Lunatic asylums Central Provinces reports 1895-1909 - 1895-1909
Year: 1895
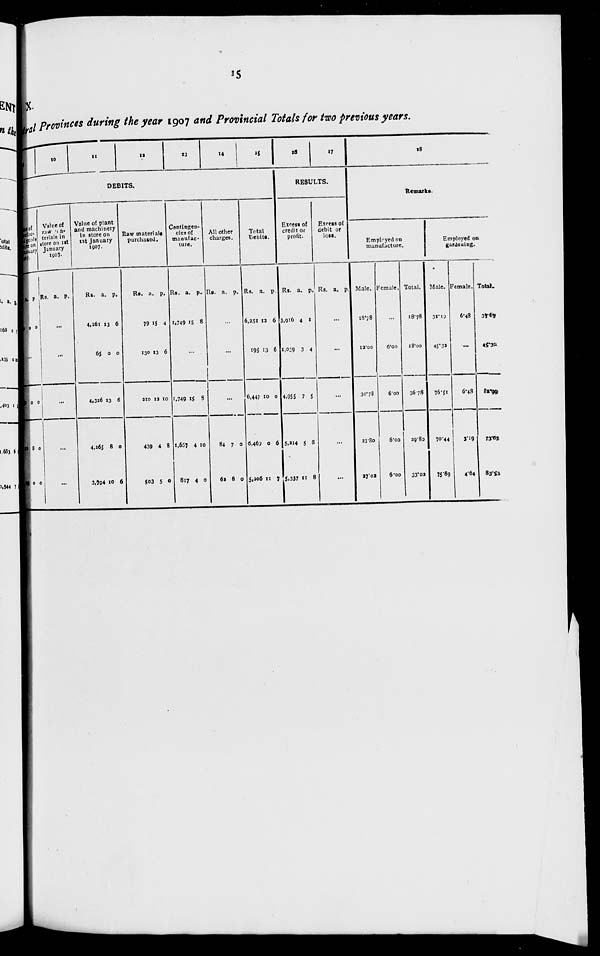
15
X.
ral provinces during the year 1907 and Provincial Totals for two previous years.
9
10
11
12
13
14
15
DEBITS.
ne of
nufac-
goods
on
January
1907.
Rs.
9
a.
0
p.
0
...
o
II
29
0
8
0
0
0
0
Value of
raw ma-
terials in
store on 1st
January
1907.
Rs. a. p.
...
...
...
...
...
Value of plant
and machinery
in store on
1st January
1907.
Rs.
4,261
65
4,326
4,165
3,794
a.
13
0
13
8
10
p.
6
0
6
0
6
Raw materials
purchased.
Rs.
79
130
210
439
503
a.
15
13
12
4
5
p.
4
6
10
8
0
Contingen-
cies of
manufac-
ture.
Rs.
1,749
a.
15
p.
8
...
1,749
1,657
817
15
4
4
3
10
0
All other
charges.
Rs. a. p.
...
...
...
84
61
7
8
0
0
Total
Debits.
Rs.
6,251
195
6,447
6,469
5,206
a.
12
13
10
0
11
p.
6
6
0
6
7
16
17
RESULTS.
Excess of
credit or
profit.
Rs.
3,916
1,039
4,955
5,214
5,337
a.
4
3
7
5
11
p.
1
4
5
8
8
Excess of
debit or
loss.
Rs. a. p.
...
...
...
...
...
18
Remarks.
Employed on
manufacture.
Male.
18.78
12.00
30.78
33.80
27.02
Female.
...
6.00
6.00
6.00
6.00
Total.
18.78
18.00
367.8
29.80
33.02
Employed on
gardening.
Male.
31.19
45.32
76.51
70.44
75.89
Female.
6.48
...
6.48
3.19
4.64
Total.
37.67
15.32
82.99
73.63
83.53